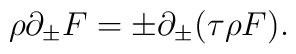
\rho\partial_\pm F = \pm \partial_{\pm} (\tau\rho F).